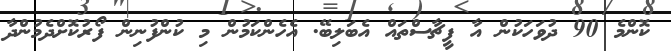
ކޮންމެ 90 ދުވަހަކުން އާ ފީޗާސްތައް އެބަލިބޭ. އެހެންކަމުން މި ކުންފުނިން ފޯރުކޮށްދެމުންދާ